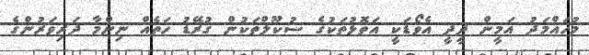
މުހައްމަދު އަމީން ދީދީ އެވޯޑަކީ އަތޮޅުތަކުގެ ސުކޫލްތަކުން ގުރޭޑު ހަތެއް ނިންމާ ދަރިވަރުންގެ